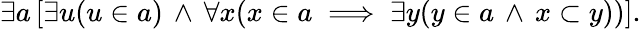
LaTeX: \exists a\, [\exists u(u\in a)\, \land\, \forall x(x\in a\implies\exists y(y\in a\, \land\, x\subset y))].